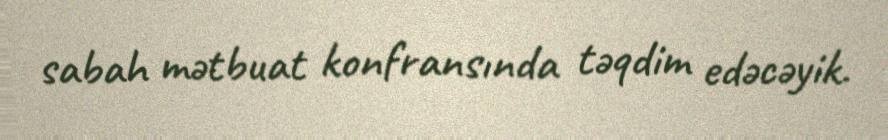
sabah mətbuat konfransında təqdim edəcəyik.